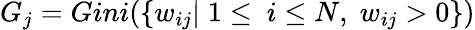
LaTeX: \begin{array}{r}{G_{j}=Gini(\{ w_{ij}|\; 1\leq\ i\leq N,\; w_{ij}>0\} )}\end{array}